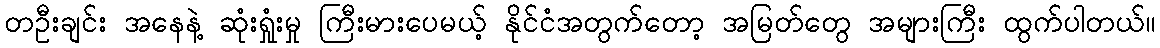
တဦးချင်း အနေနဲ့ ဆုံးရှုံးမှု ကြီးမားပေမယ့် နိုင်ငံအတွက်တော့ အမြတ်တွေ အများကြီး ထွက်ပါတယ်။